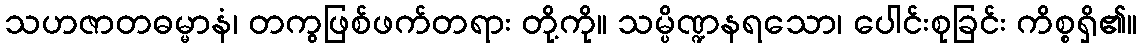
သဟဇာတဓမ္မာနံ၊ တကွဖြစ်ဖက်တရား တို့ကို။ သမ္ပိဏ္ဍနရသော၊ ပေါင်းစုခြင်း ကိစ္စရှိ၏။